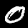
Digit: 0